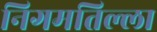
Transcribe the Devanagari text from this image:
निगमतिल्ला